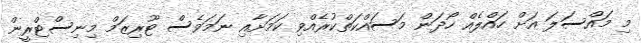
މި މައްސަލަ އަށް ހައްލެއް ހޯދަން މަސައްކަތްކުރެއްވި ކަމަށާއި ނަމަވެސް ޓޫރިޒަމް މިނިސްޓްރީން